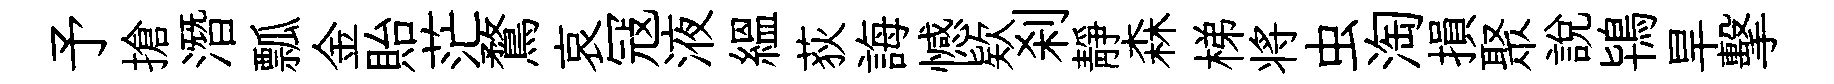
予搶潛瓢金貽茫鶩哀冦液緼荻誨憾欵刹靜森梯将虫淘損聚説鴇旱擊